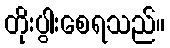
တိုးပွါးစေရသည်။